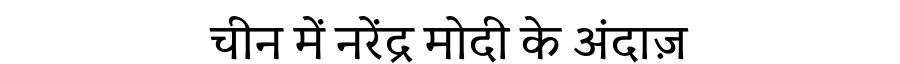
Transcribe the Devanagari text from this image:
चीन में नरेंद्र मोदी के अंदाज़